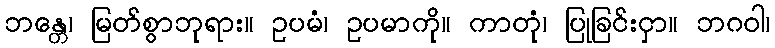
ဘန္တေ၊ မြတ်စွာဘုရား။ ဥပမံ၊ ဥပမာကို။ ကာတုံ၊ ပြုခြင်းငှာ။ ဘဂဝါ၊